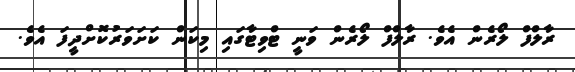
ރާލްފް ލޯރެން އެވެ. ރާލްފް ލޯރެން ވަނީ ޓްވިޓާގައި މިކަން ކަށަވަރުކޮށްދީފަ އެވެ.